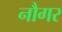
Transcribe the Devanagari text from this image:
नौगर